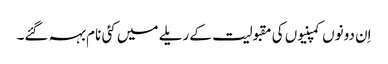
اِن دونوں کمپنیوں کی مقبولیت کے ریلے میں کئی نام بہہ گئے۔